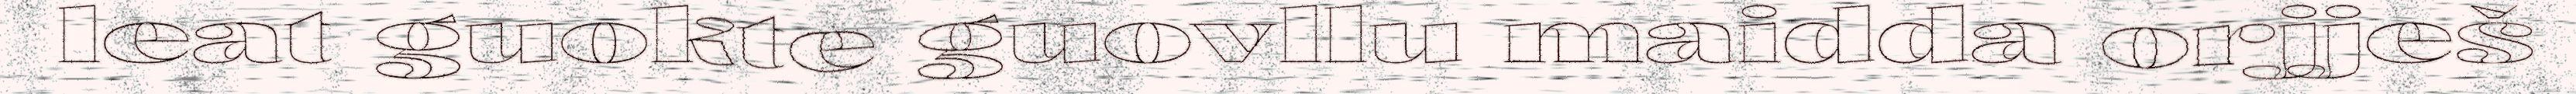
leat guokte guovllu maidda orjješ